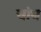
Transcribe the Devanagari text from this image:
चांघ